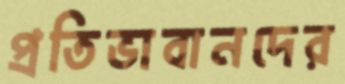
প্রতিভাবানদের